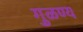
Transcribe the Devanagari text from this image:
गुळण्य